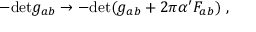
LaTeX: - \mathrm { d e t } g _ { a b } \to - \mathrm { d e t } ( g _ { a b } + 2 \pi \alpha ^ { \prime } F _ { a b } ) \ ,